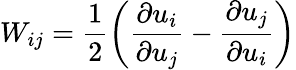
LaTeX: W_{ij}=\frac{1}{2}\left(\frac{\partial u_{i}}{\partial u_{j}}-\frac{\partial u_{j}}{\partial u_{i}}\right)